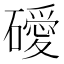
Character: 𥖦